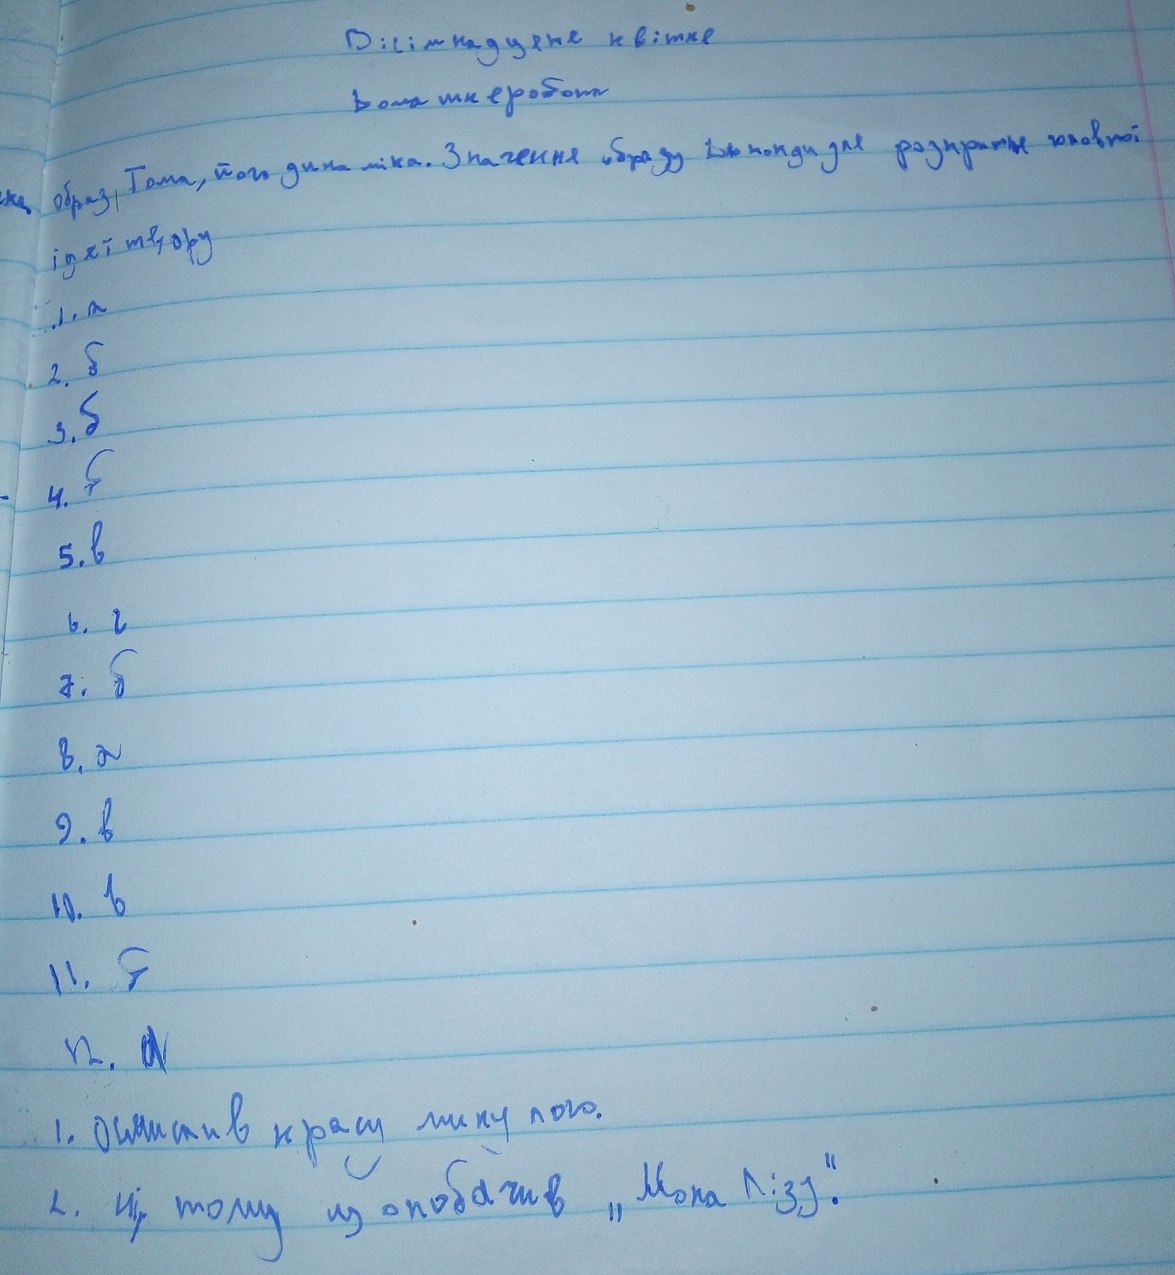
Вісімнадцяте квітня
Домашня робота
образ Тома, його динаміка. Значення образу Джоконди для розкриття головної
ідеї твору
1. а
2. б
3. б
4. б
5. в
6. г
7. б
8. а
9. в
10. в
11. б
12. а
1. осмислив красу минулого.
2. ні, тому що побачив „Мона Лізу“.